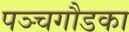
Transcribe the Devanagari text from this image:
पञ्चगौडका